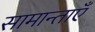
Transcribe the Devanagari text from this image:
सामान्ताएँ